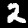
Digit: 2